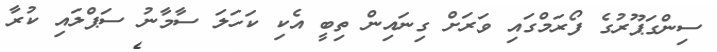
ސިންގަޕޫރުގެ ފޯރަމްގައި ވަރަށް ގިނައިން ތިބީ އެކި ކަހަލަ ސާމާނު ސަޕްލައި ކުރާ